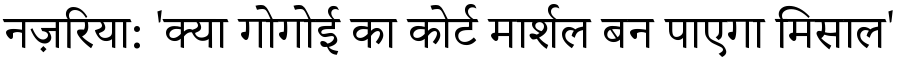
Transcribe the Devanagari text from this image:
नज़रिया: 'क्या गोगोई का कोर्ट मार्शल बन पाएगा मिसाल'